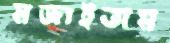
মজাইতাম